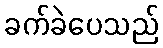
ခက်ခဲပေသည်